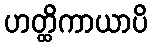
ဟတ္ထိကာယာပိ